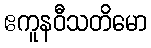
ဧကူနဝီသတိမော